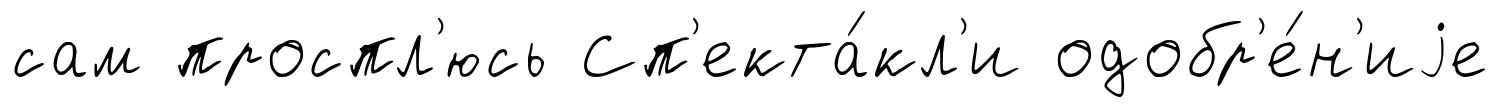
сам проспл'юсь Сп'екта́кл'и одобр'е́н'иjе